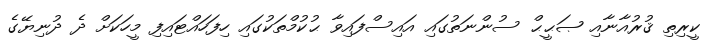
ކީރިތި ޤުރުއާނާއި ޞަޙީޙް ސުންނަތުގައި އައިސްފައިވާ ޙުކުމްތަކުގައި ހިފަހައްޓައިފި މީހަކަށް ދެ ދުނިޔޭގެ